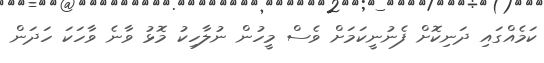
ކަމެއްގައި ދަނިކޮށް ފެނުނީކަމަށް ވެސް މީހުން ނުލާހިކު މޮޅު ވާނެ ވާހަކަ ހަދަން